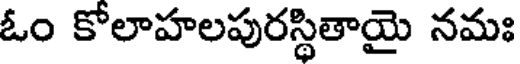
ఓం కోలాహలపురస్థితాయై నమః